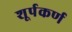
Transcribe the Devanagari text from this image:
शूर्पकर्ण